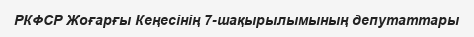
РКФСР Жоғарғы Кеңесінің 7-шақырылымының депутаттары